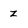
Character: z